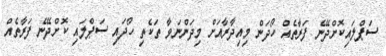
ސަޕްލައިކޮށްދޭނެ ފަރާތެއް ހޯދަން މިއިދާރާއަށް މިދަންނަވާ ތަކެތި ހޯދައި ސަޕްލައި ކޮށްދޭނެ ފަރާތެއް